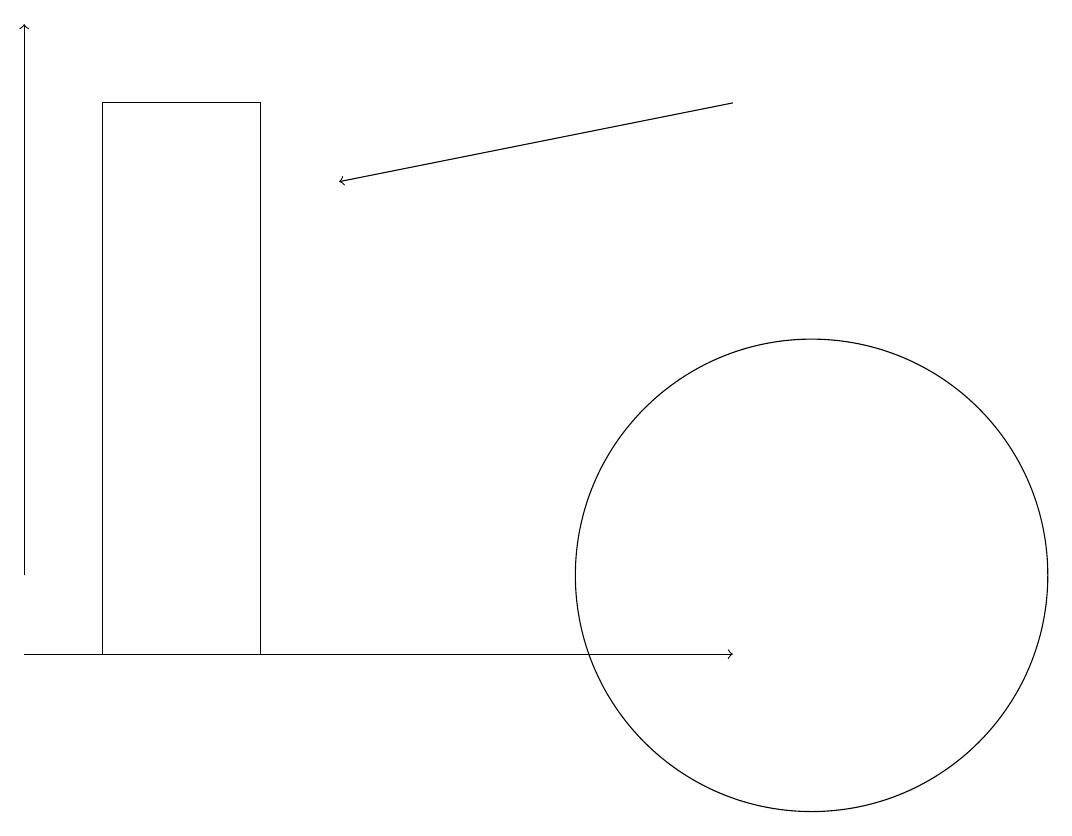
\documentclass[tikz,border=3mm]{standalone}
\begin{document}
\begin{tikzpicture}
\draw (10,11) circle (3);
\draw[->] (0,10) -- (9,10);
\draw[->] (0,11) -- (0,18);
\draw[->] (9,17) -- (4,16);
\draw (3,10) rectangle (1,17);
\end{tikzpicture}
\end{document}